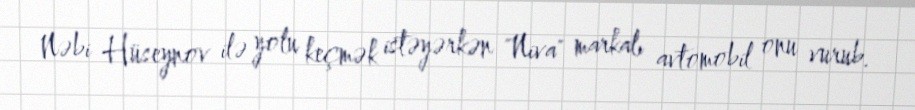
Nəbi Hüseynov ilə yolu keçmək istəyərkən "Niva" markalı avtomobil onu vurub.